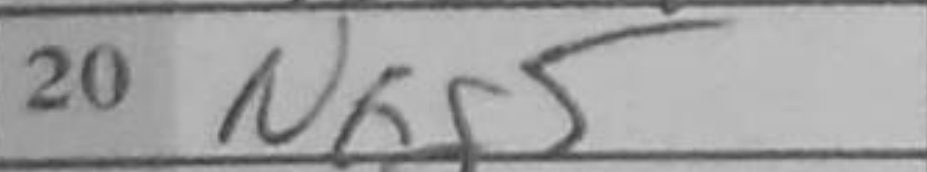
Transcription: Nxg5